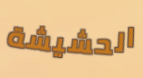
الحشيشة